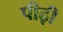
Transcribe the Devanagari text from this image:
पीढ़़ी